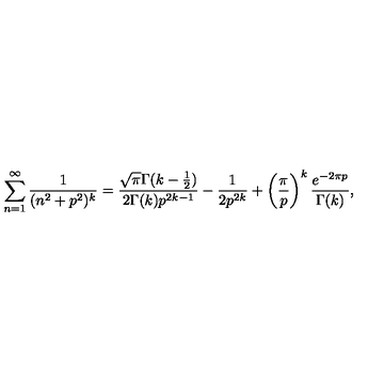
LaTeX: \sum _ { n = 1 } ^ { \infty } \frac { 1 } { ( n ^ { 2 } + p ^ { 2 } ) ^ { k } } = \frac { \sqrt { \pi } \Gamma ( k - \frac { 1 } { 2 } ) } { 2 \Gamma ( k ) p ^ { 2 k - 1 } } - \frac { 1 } { 2 p ^ { 2 k } } + \left( \frac { \pi } { p } \right) ^ { k } \frac { e ^ { - 2 \pi p } } { \Gamma ( k ) } ,